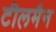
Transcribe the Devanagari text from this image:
टीलमैन